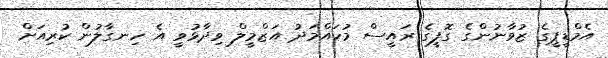
އެމްޑީޕީގެ ޒުވާނުންގެ ގޮފީގެ ރައީސް މުހައްމަދު އަޒްމީލް ވިދާޅުވީ އެ ހިނގާލުން ކުރިއަށް